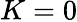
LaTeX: K=0